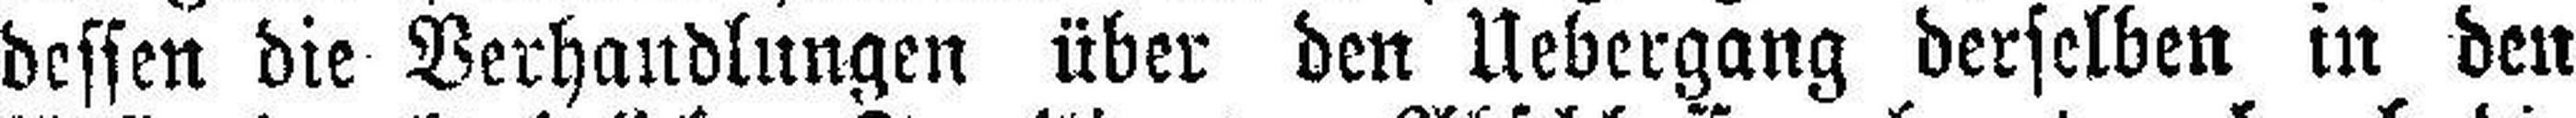
dessen die Verhandlungen über den Uebergang derselben in den